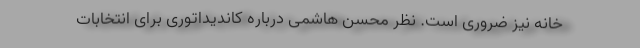
خانه نیز ضروری است. نظر محسن هاشمی درباره کاندیداتوری برای انتخابات